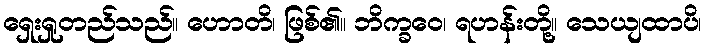
ရှေးရှုတည်သည်။ ဟောတိ၊ ဖြစ်၏။ ဘိက္ခဝေ၊ ရဟန်းတို့။ သေယျထာပိ၊